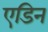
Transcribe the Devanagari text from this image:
एडिन